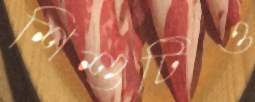
শিশুটিও